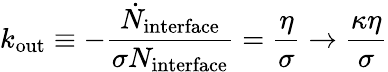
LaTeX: k_{\mathrm{out}}\equiv-\frac{\dot{N}_{\mathrm{interface}}}{\sigma N_{\mathrm{interface}}}=\frac{\eta}{\sigma}\rightarrow\frac{\kappa\eta}{\sigma}